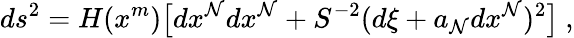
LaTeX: ds^{2}=H(x^{m})\bigl[dx^{\mathcal{N}}dx^{\mathcal{N}}+S^{-2}(d\xi+a_{\mathcal{N}}dx^{\mathcal{N}})^{2}\bigr]\ ,